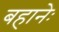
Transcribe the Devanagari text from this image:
बहानेः